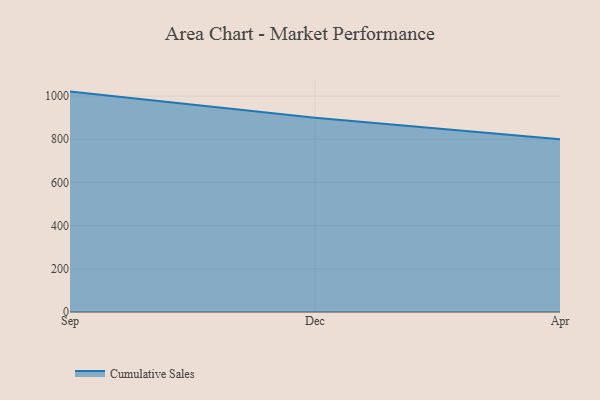
{"axis": {"x": "Month", "y": "Energy Usage (MWh)"}, "legend": ["Cumulative Sales"], "data": [{"x": "Sep", "y": 1020.8, "type": "Cumulative Sales"}, {"x": "Dec", "y": 900.2, "type": "Cumulative Sales"}, {"x": "Apr", "y": 800, "type": "Cumulative Sales"}]}